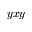
y x y